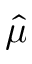
\hat { \mu }